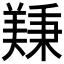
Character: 𫅚